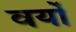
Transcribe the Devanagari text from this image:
वयों